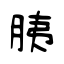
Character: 胰